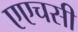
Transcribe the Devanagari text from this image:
एएचसी